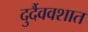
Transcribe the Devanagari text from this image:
दुर्दैववशात